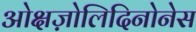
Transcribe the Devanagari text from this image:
ओक्षज़ोलिदिनोनेस